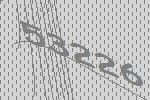
53226